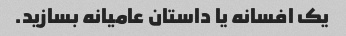
یک افسانه یا داستان عامیانه بسازید.